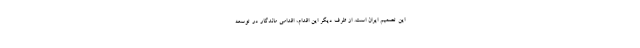
این تصمیم ایران است. از طرف دیگر این اقدام، اقدامی ماندگار در توسعه